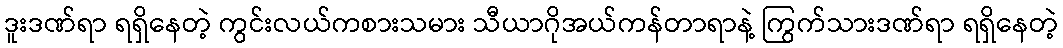
ဒူးဒဏ်ရာ ရရှိနေတဲ့ ကွင်းလယ်ကစားသမား သီယာဂိုအယ်ကန်တာရာနဲ့ ကြွက်သားဒဏ်ရာ ရရှိနေတဲ့